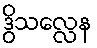
ဒွိသလ္လေန